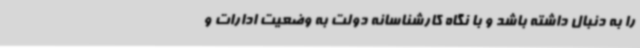
را به دنبال داشته باشد و با نگاه کارشناسانه دولت به وضعیت ادارات و